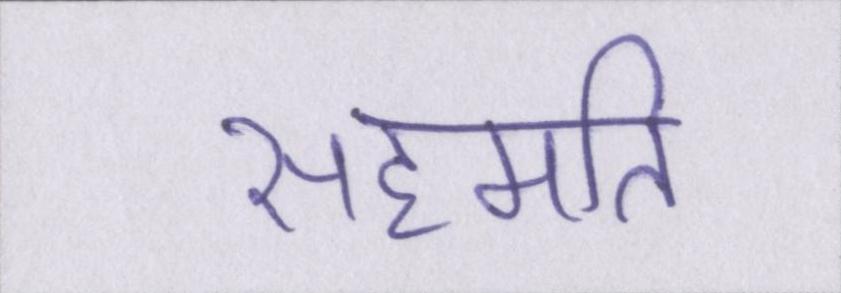
सहमति